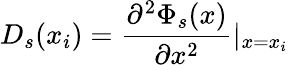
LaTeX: D_{s}(x_{i})=\frac{\partial^{2}\Phi_{s}(x)}{\partial x^{2}}\vert_{x=x_{i}}